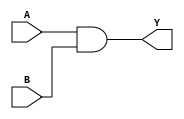
`timescale 1ns / 1ps
//****************************************VSCODE PLUG-IN**********************************//
//----------------------------------------------------------------------------------------
// IDE :                   VSCODE     
// VSCODE plug-in version: Verilog-Hdl-Format-2.6.20240622
// VSCODE plug-in author : Jiang Percy
//----------------------------------------------------------------------------------------
//****************************************Copyright (c)***********************************//
// Copyright(C)            WRZ
// All rights reserved     
// File name:              
// Last modified Date:     2024/07/04 18:11:37
// Last Version:           V1.0
// Descriptions:           
//----------------------------------------------------------------------------------------
// Created date:           2024/07/04 18:11:37
// mail      :             2350808537@qq.com
// Version:                V1.0
// TEXT NAME:              and_gate.v
// PATH:                   G:\_FPGA\1\rtl\and_gate.v
// Descriptions:           
//                         
//----------------------------------------------------------------------------------------
//****************************************************************************************//

module and_gate(
    input                               A                        ,
    input                               B                        ,

    output                              Y                          
);

//assignABY
    assign                              Y                         = A & B;
                                                                   
                                                                   
endmodule